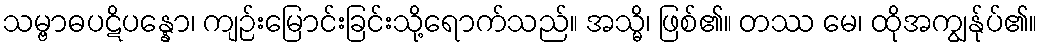
သမ္ဗာဓပဋိပန္နော၊ ကျဉ်းမြောင်းခြင်းသို့ရောက်သည်။ အသ္မိ၊ ဖြစ်၏။ တဿ မေ၊ ထိုအကျွန်ုပ်၏။